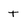
Character: t